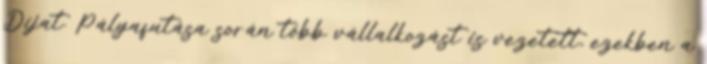
Díjat. Pályafutása során több vállalkozást is vezetett, ezekben a